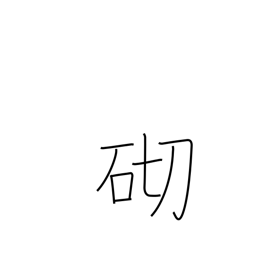
Meaning: occasion